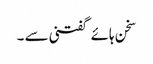
سخن ہائے گفتنی سے ۔